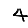
Digit: 4